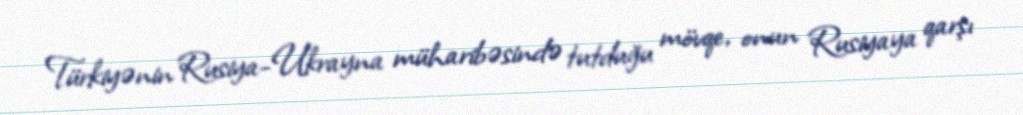
Türkiyənin Rusiya-Ukrayna müharibəsində tutduğu mövqe, onun Rusiyaya qarşı